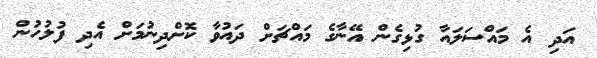
އަދި އެ މައްސަލަައާ ގުޅިގެން އޭނާގެ މައްޗަށް ދައުވާ ކޮށްދިނުމަށް އެދި ފުލުހުން